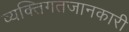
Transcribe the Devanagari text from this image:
व्यक्तिगतजानकारी